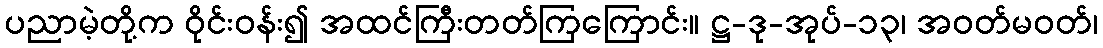
ပညာမဲ့တို့က ဝိုင်းဝန်း၍ အထင်ကြီးတတ်ကြကြောင်း။ ဋ္ဌ-ဒု-အုပ်-၁၃၊ အဝတ်မဝတ်၊